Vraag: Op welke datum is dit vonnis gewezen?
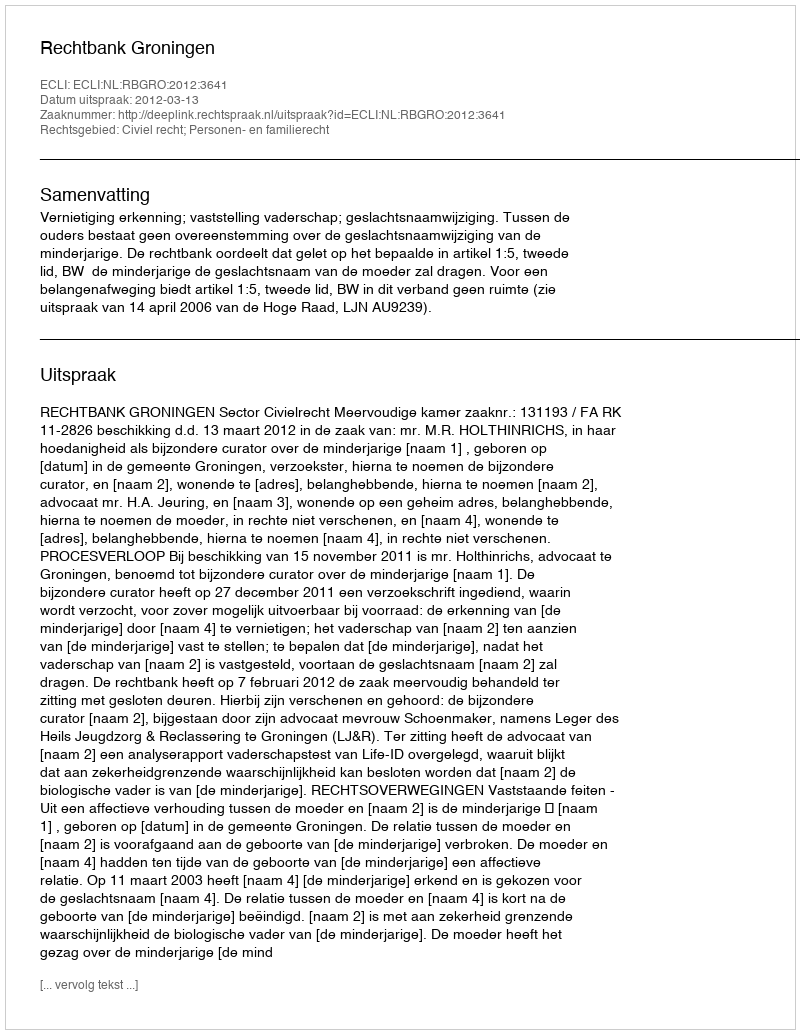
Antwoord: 2012-03-13